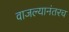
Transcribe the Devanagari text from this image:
वाजल्यानंतरच